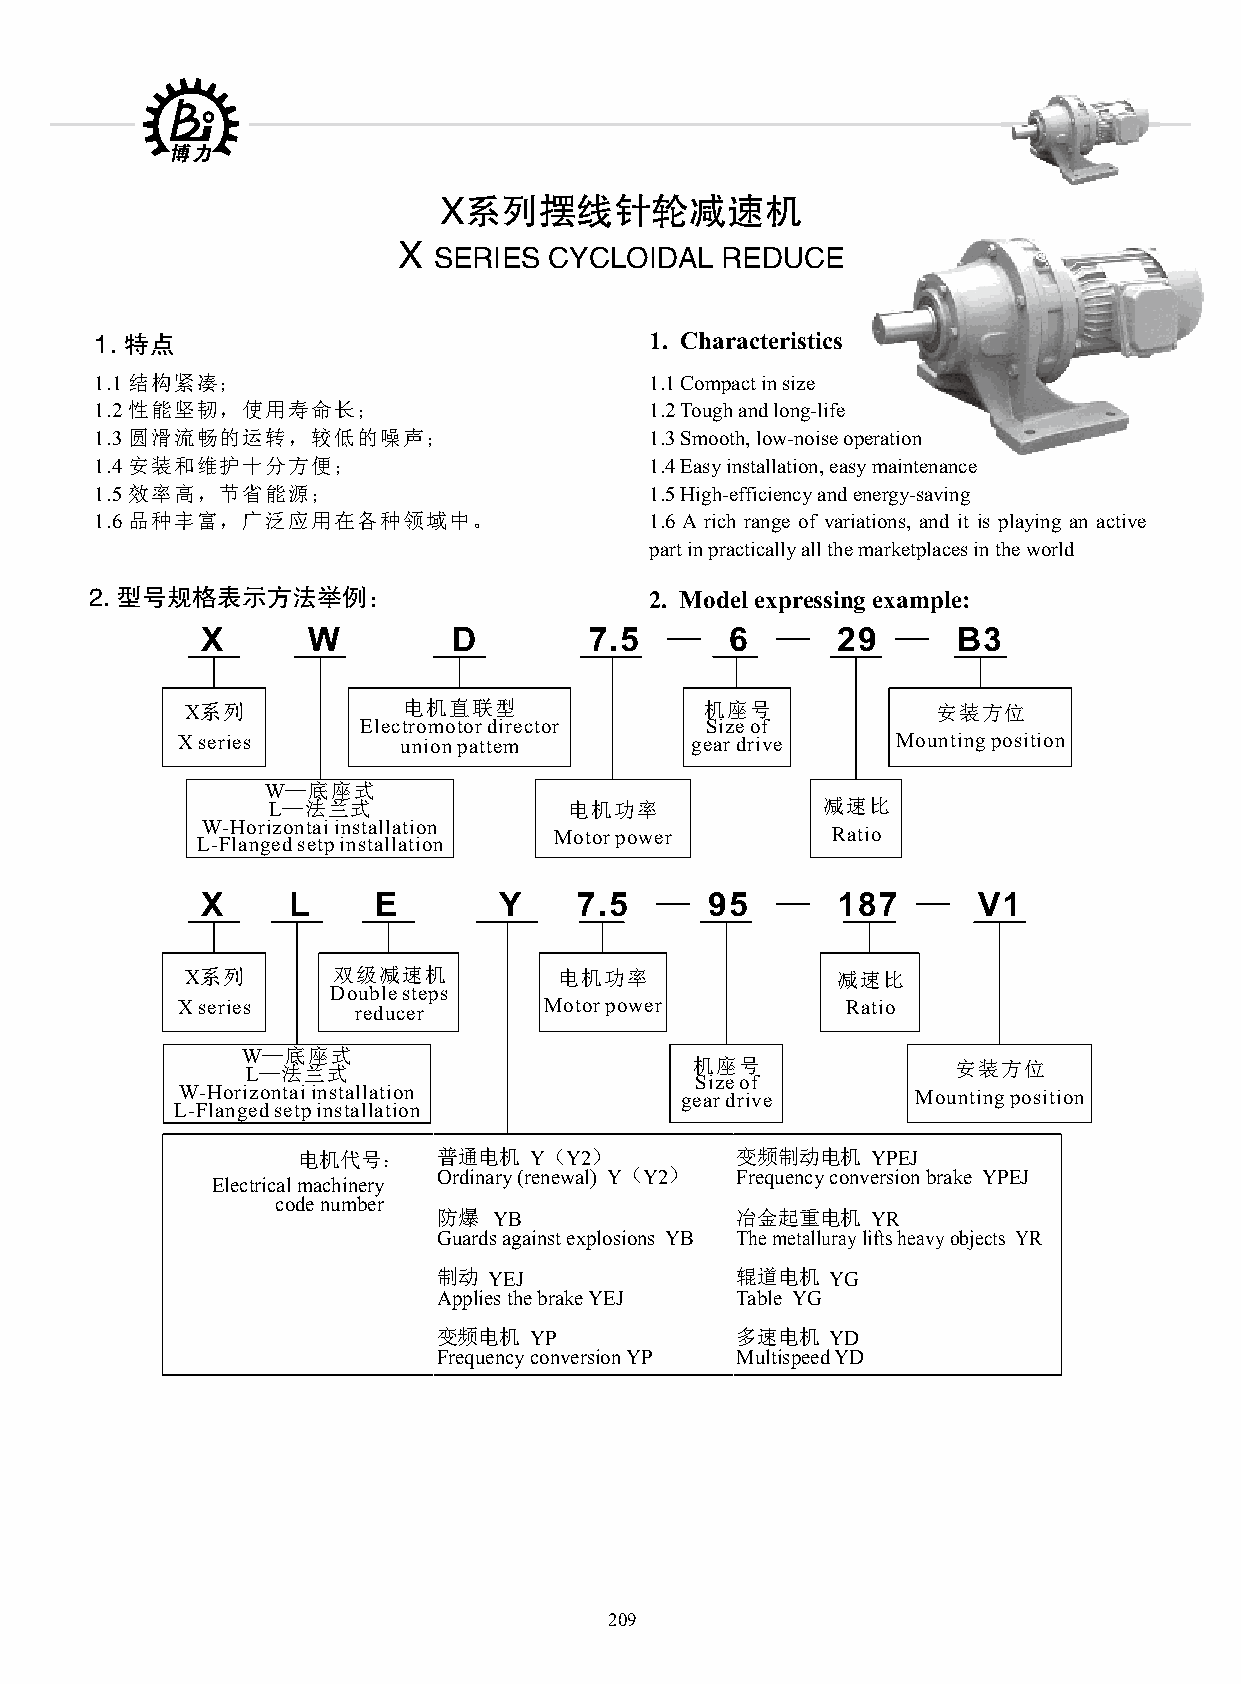
X系列摆线针轮减速机
 X
 SERIES CYCLOIDAL   REDUCE
 1. 特点                                1. Characteristics
 1.1 结构紧凑；                            1.1 Compact in size
 1.2 性能坚韧，使用寿命长；                      1.2 Tough and long-life
 1.3 圆滑流畅的运转，较低的噪声；                   1.3 Smooth, low-noise operation
 1.4 安装和维护十分方便；                       1.4 Easy installation, easy maintenance
 1.5 效率高，节省能源；                        1.5 High-efficiency and energy-saving
 1.6 品种丰富，广泛应用在各种领域中。                 1.6 A rich range of variations, and it is playing an active
 part in practically all the marketplaces in the world
 2. 型号规格表示方法举例：                       2. Model expressing example:
 —      —       —
 X      W         D        7.5      6      29      B3
 X系列            电机直联型               机座号            安装方位
 Electromotor director  Size of
 X series      union pattem        gear drive   Mounting position
 W—底座式
 L—法兰式               电机功率            减速比
 W-Horizontai installation
 Motor power       Ratio
 L-Flanged setp installation
 —       —         —
 X     L     E       Y    7.5      95      187       V1
 X系列       双级减速机          电机功率              减速比
 Double steps
 X series   reducer      Motor power         Ratio
 W—底座式
 L—法兰式                         机座号              安装方位
 Size of
 W-Horizontai installation        gear drive      Mounting position
 L-Flanged setp installation
 电机代号：    普通电机  Y（Y2）         变频制动电机   YPEJ
 Ordinary (renewal) Y（Y2） Frequency conversion brake YPEJ
 Electrical machinery
 code number
 防爆  YB              冶金起重电机   YR
 Guards against explosions YB The metalluray lifts heavy objects YR
 制动 YEJ              辊道电机  YG
 Applies the brake YEJ Table YG
 变频电机  YP            多速电机  YD
 Frequency conversion YP Multispeed YD
 3. 动力源配置类型代号              3. Dispose the code name of the type in the motive force source
 直接型电机             专用直流电动机Special-purpose   内锥式制动电动机Interior awl
 D                      Z                       N
 Direct electrical machinery direct current motor type apply the brake the motor
 普通型电动机                 调速电动机                   低噪声电动机
 Y                      T                       S
 Ordinary motor       Adjust the speed motor    Low in noise motor
 防爆型电动机                平面制动电动机                    油马达
 B                      P                       M
 Explosion-proof type motor Lever apply the brake themotor Oil motor
 209